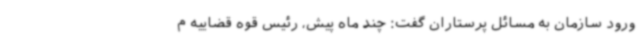
ورود سازمان به مسائل پرستاران گفت: چند ماه پیش، رئیس قوه قضاییه م